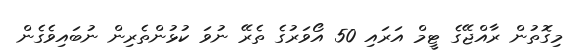
މިގޮތުން ރާއްޖޭގެ ޓީމް އަރައި 50 އޯވަރުގެ ތެރޭ ނުވަ ކުޅުންތެރިން ނުބައިވެގެން